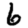
Digit: 6